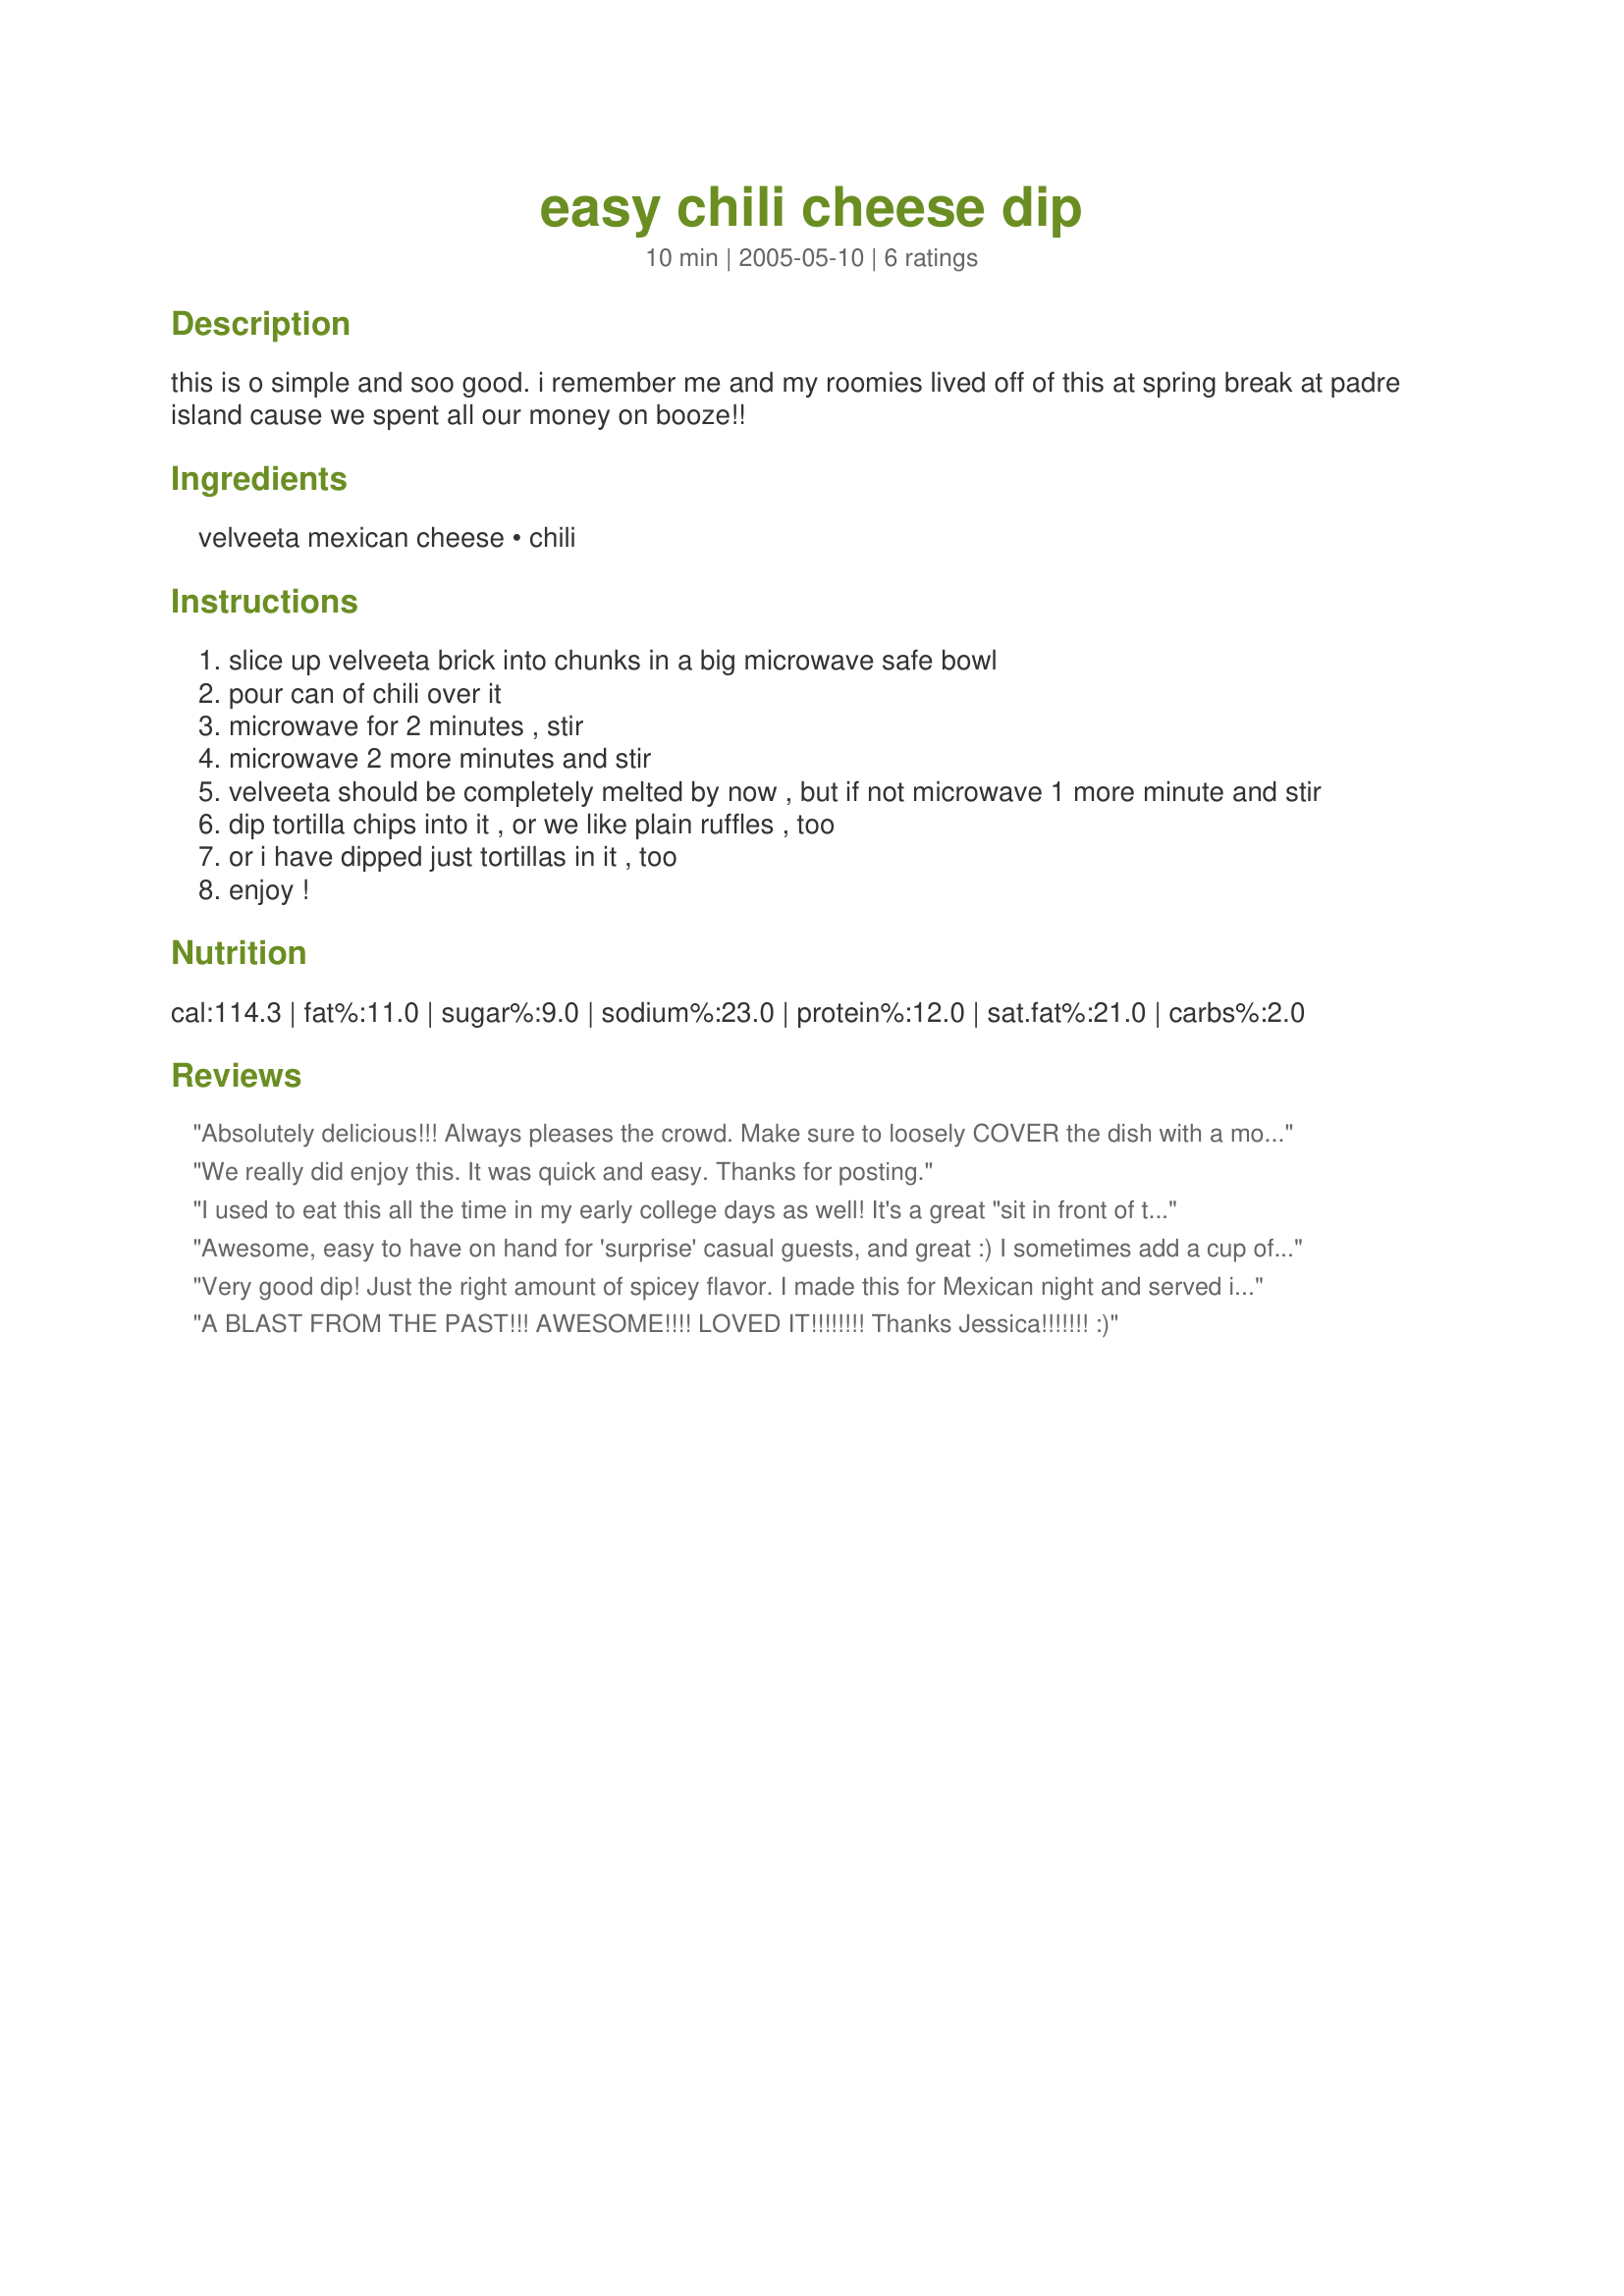
easy chili cheese dip
Preparation time: 10 minutes

this is o simple and soo good. i remember me and my roomies lived off of this at spring break at padre island cause we spent all our money on booze!!

Ingredients:
velveeta mexican cheese, chili

Steps:
slice up velveeta brick into chunks in a big microwave safe bowl
pour can of chili over it
microwave for 2 minutes , stir
microwave 2 more minutes and stir
velveeta should be completely melted by now , but if not microwave 1 more minute and stir
dip tortilla chips into it , or we like plain ruffles , too
or i have dipped just tortillas in it , too
enjoy !

Reviews:
Absolutely delicious!!! Always pleases the crowd. Make sure to loosely COVER the dish with a moist paper towel, paper plate or a microwave cover to avoid a REALLY bad clean-up.
We really did enjoy this. It was quick and easy. Thanks for posting.
I used to eat this all the time in my early college days as well! It's a great "sit in front of the tv" snack!
Awesome, easy to have on hand for 'surprise' casual guests, and great :) I sometimes add a cup of salsa to make it stretch a bit & make it a bit thinner. Love it with Fritos scoops ;)
Very good dip! Just the right amount of spicey flavor. I made this for Mexican night and served it with white corn tortilla chips. This simple recipe goes into the keeper file. Thanks!!!
A BLAST FROM THE PAST!!! AWESOME!!!! LOVED IT!!!!!!!! Thanks Jessica!!!!!!! :)
